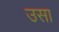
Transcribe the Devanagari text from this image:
उसा